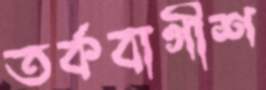
তর্কবাগীশ